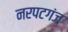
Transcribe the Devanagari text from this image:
नरपटगंज